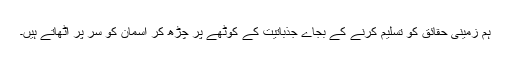
ہم زمینی حقائق کو تسلیم کرنے کے بجاے جذباتیت کے کوٹھے پر چڑھ کر آسمان کو سر پر اٹھاتے ہیں۔